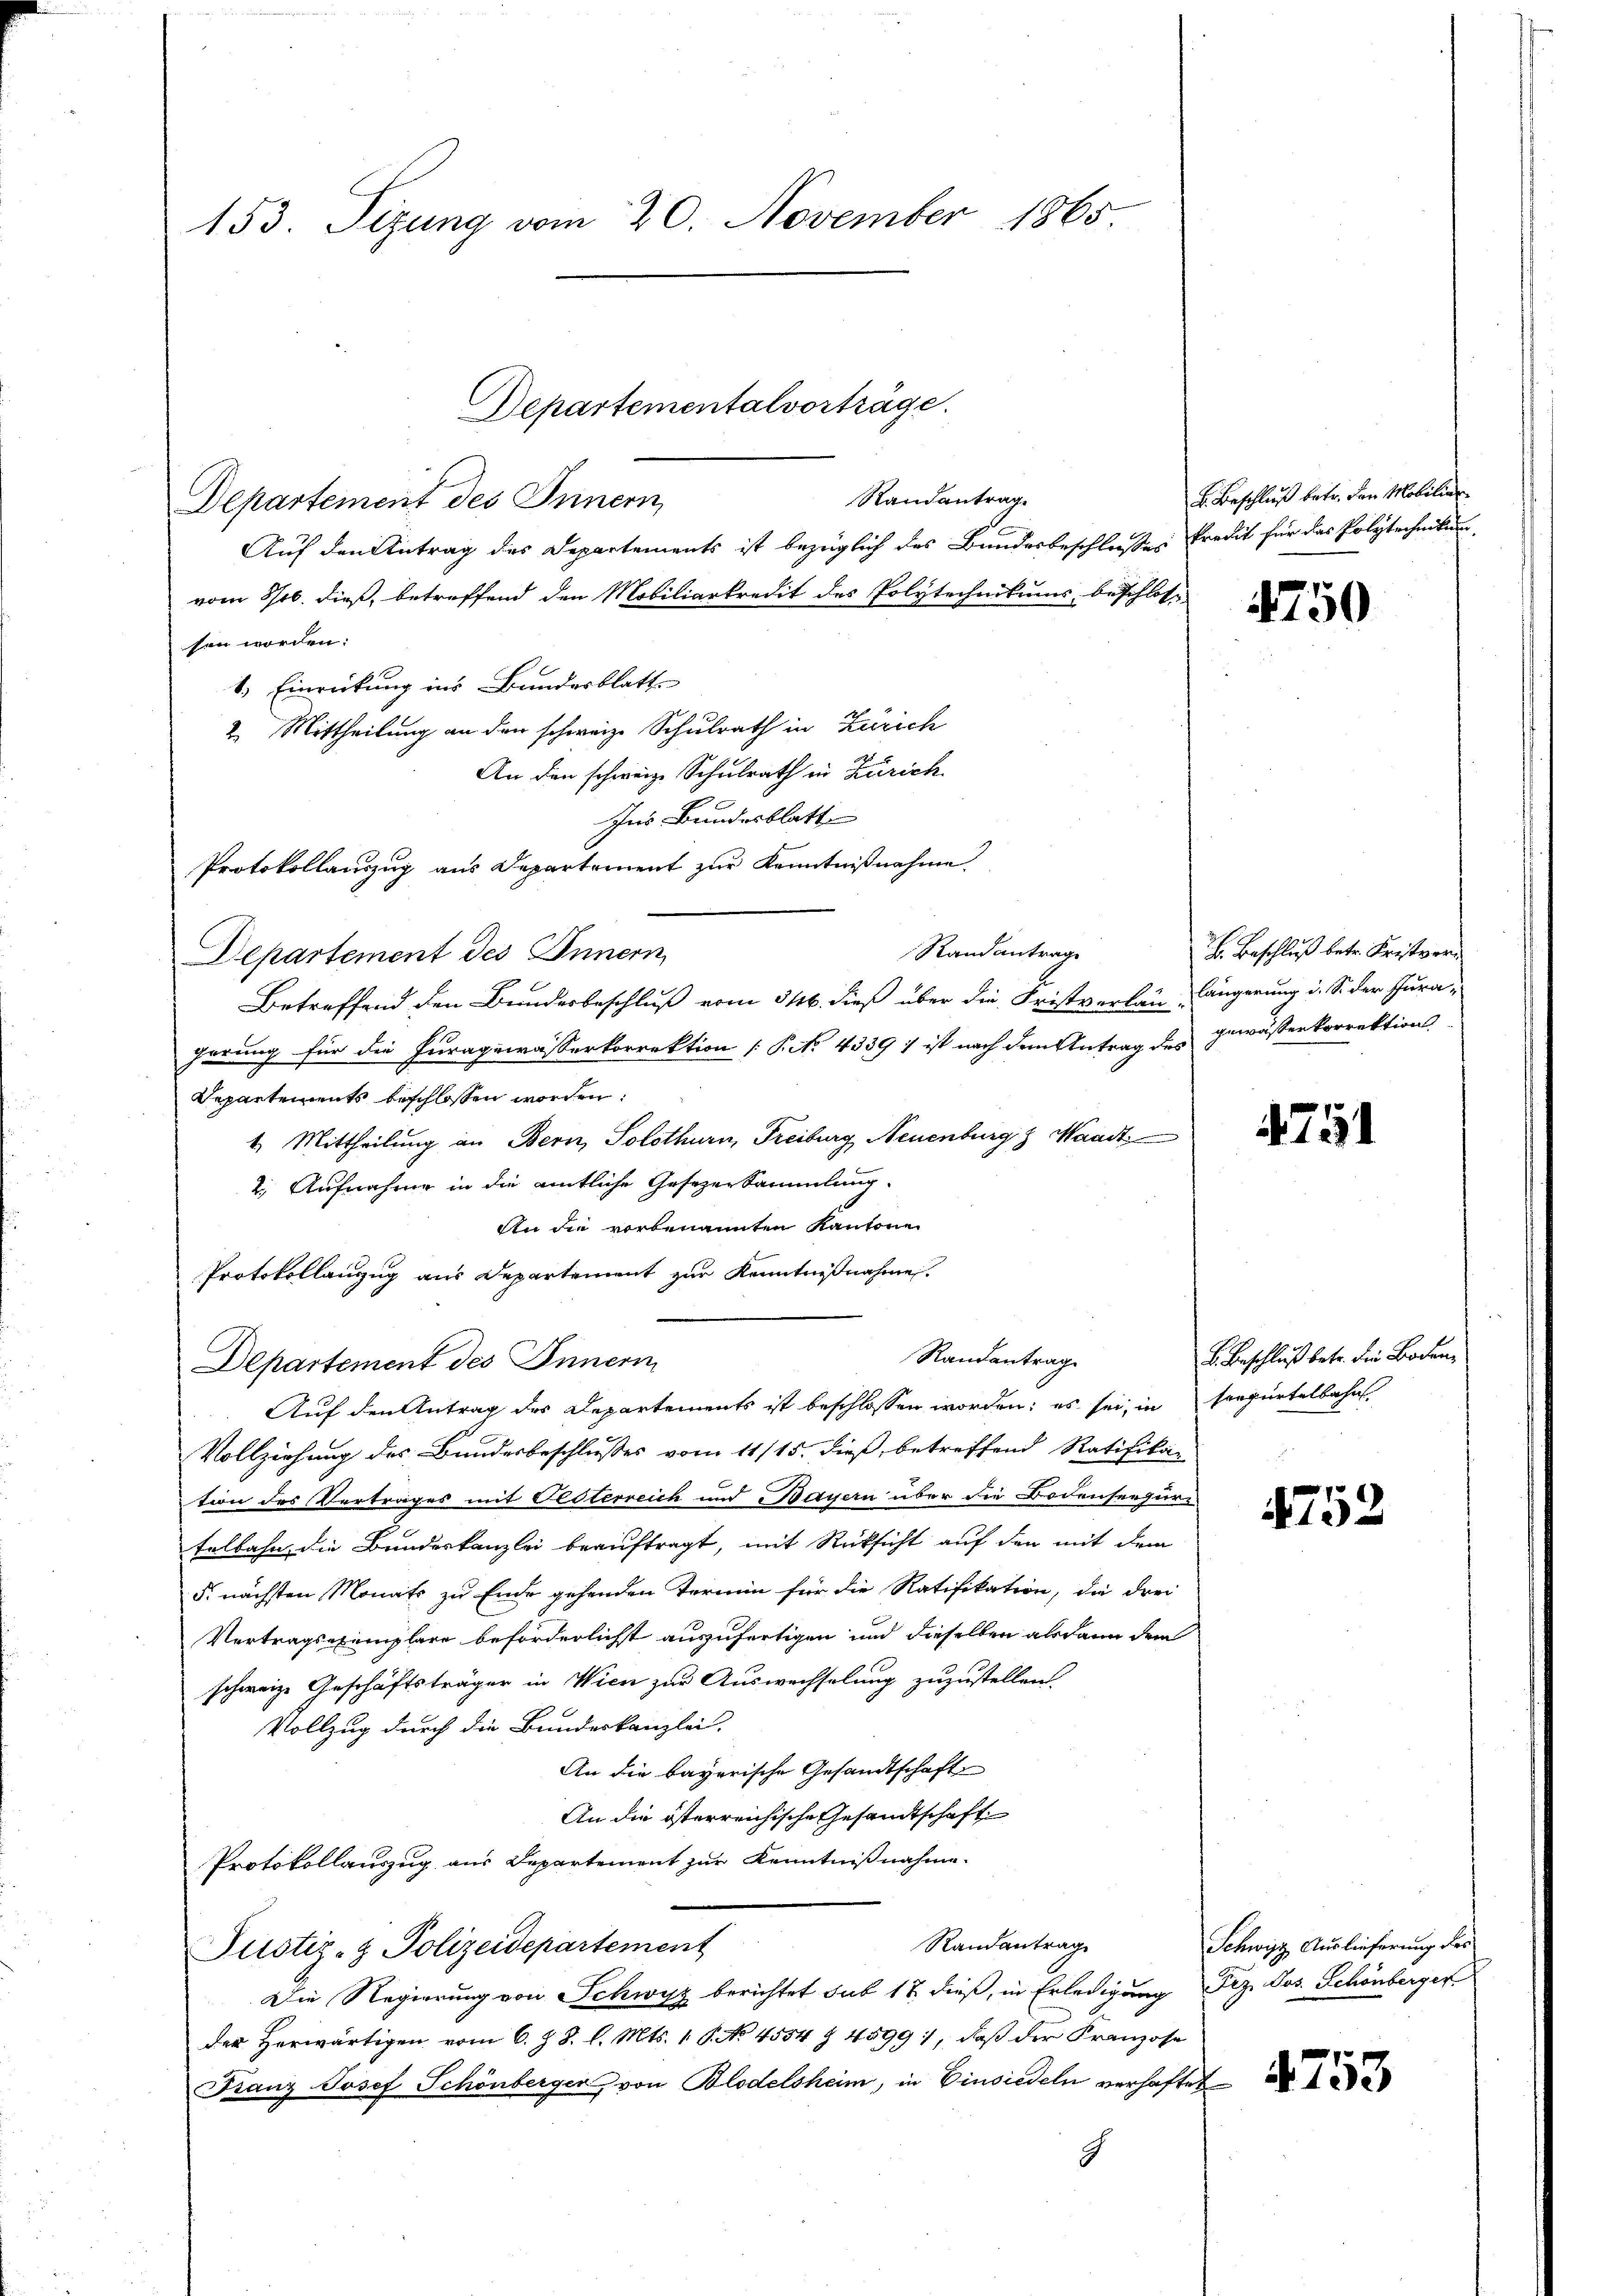
153. Sizung vom 20. November 1865

Departementalvorträge.

Randantrag
Departement des Innern,
Auf den Antrag des Departements ist bezüglich des Bundesbeschlußes Predit für das Polytechnikum
vom 8/06. dieß, betreffend den Mobiliarkredit des Polytechnikums beschlossen worden:
1.) Einrückung ins Bundesblatt
2. Mittheilung an den schweize Schulrath in Zürich
An den schweize Schulrath in Zürich
Ins Bundesblatt
Protokollauszug aus Departement zur Kenntnißnahme.
Randantrage
Departement des Innern
Betreffend den Bundesbeschluß vom 316. dieß über die Fristverlan-Ängerung i. S. der Juragerung für die Furagewässerkorrektion P. No. 4339 ) ist nach dem Antrag des gewässenkorrektion
Departements beschlossen worden:
1. Mittheilung an Bern, Solothurn, Freiburg Neuenburg & Waadt
2. Aufnahme in die amtliche Gesezersammlung.
An die vorbenannten Kantone
Protokollanzug aus Departement zur Kenntnißnahme.
Randantrag
Departement des Innern
Auf den Antrag des Departements ist beschlossen worden; es sei, in sorgertelbahn
Vollziehung des Bundesbeschlusses vom 11/15. dieß, betreffend Ratifika-
tion des Vertrages mit Festerreich und Bayern über die Bodenseegur-
Eelbahn die Bundeskanzlei beauftragt, mit Rücksicht auf den mit dem
§. nächsten Monats zu Ende gehenden Termin für die Ratifikation, die drei
Vertragsexemplare beförderlichst auszufertigen und dieselben alsdann dem
schweize Geschäftsträger in Wien zur Auswechselung zuzustellen.
Vollzug durch die Bundeskanzlei.
An die bayerische Gesandtschaft
An die österreichische Gesandtschaft
Protokollauszug aus Departement zur Kenntnißnahme.
Randantrag
Justiz- & Polizeidepartement
Die Regierung von Schwyz berichtet sub 18. dieß, in Erledigung Frz. Jos. Schönberger
der Herwärtigen vom 6. Z. 8. l. Mts. 1 S. No 4554 § 45991, daß der Franzose
Franz Josef Schönberger von Blodelsheim, in Einsiedeln verhaftet
c

2. Beschluß betr. den Mobilier

4750

J. Beschluß betr. Fristver¬

4751

k. Beschluß betr. die Boden,

4752

Schwyz Auslieferung des

4753